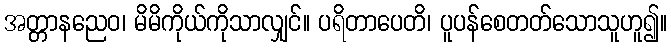
အတ္တာနညေဝ၊ မိမိကိုယ်ကိုသာလျှင်။ ပရိတာပေတိ၊ ပူပန်စေတတ်သောသူဟူ၍။